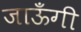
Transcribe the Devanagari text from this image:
जाऊँगी